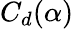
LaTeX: C_{d}(\alpha)